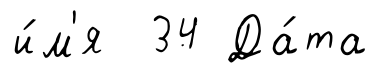
и́м'я 34 Да́та